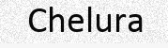
Chelura